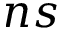
n s